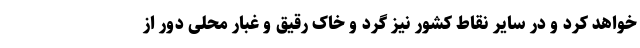
خواهد کرد و در سایر نقاط کشور نیز گرد و خاک رقیق و غبار محلی دور از